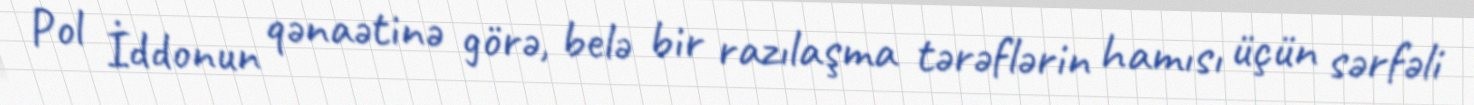
Pol İddonun qənaətinə görə, belə bir razılaşma tərəflərin hamısı üçün sərfəli